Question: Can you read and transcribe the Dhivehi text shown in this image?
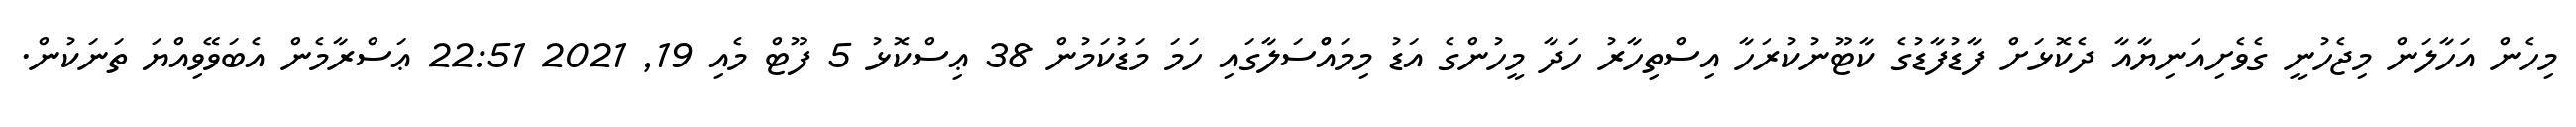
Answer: މިހެން އަހާލަން މިޖެހުނީ ގެވެށިއަނިޔާއާ ދެކޮޅަށް ފާޑުފާޑުގެ ކާޓޫނުކުރަހާ އިސްތިހާރު ހަދާ މީހުންގެ އަޑު މިމައްްސަލާގައި ހަމަ މަޑުކަމުން 38 ޢިސްކޮޅު 5 ފޫޓް މެއި 19, 2021 22:51 ޢަސްރާމެން އެބަވޭވިއްޔަ ތަނަކުން.